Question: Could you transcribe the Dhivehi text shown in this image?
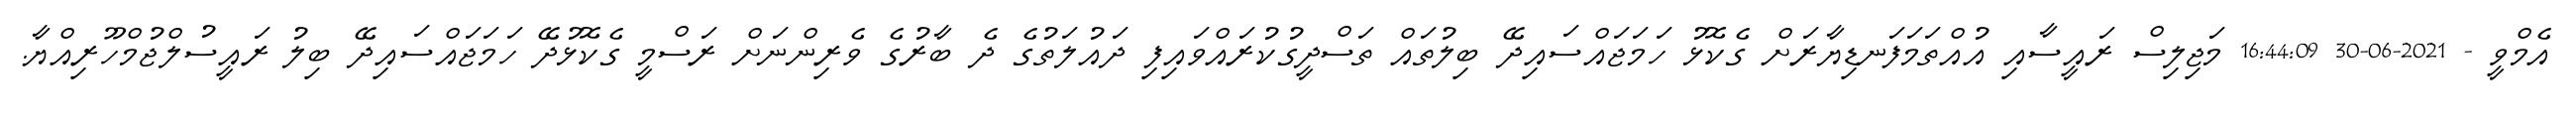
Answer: އެމްވީ - 2021-06-30 16:44:09 މަޖިލިސް ރައީސާއި އުއްތަމަފަނޑިޔާރަށް ގެކޮޅު ހަމަޖައްސައިދޭ ބިލުތައް ތަސްދީގުކުރައްވައިފި ދައުލަތުގެ ދެ ބާރުގެ ވެރިންނަށް ރަސްމީ ގެކޮޅުދޭ ހަމަޖައްސައިދޭ ބިލު ރައީސުލްޖުމްހޫރިއްޔާ.